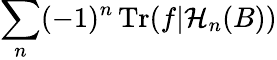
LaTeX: \displaystyle\sum_{n}(-1)^{n}\operatorname{Tr}(f|\mathcal{H}_{n}(B))